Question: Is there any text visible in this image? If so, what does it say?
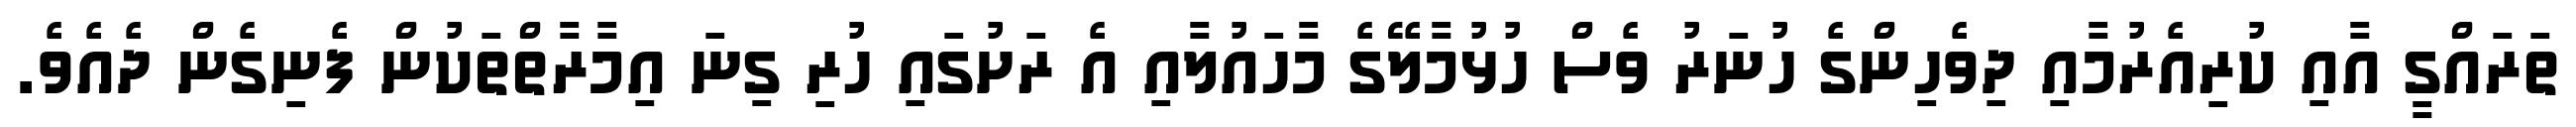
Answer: ތަރައްގީ އާއި ކުރިއެރުމާއި ދިވެހިންގެ ހުނަރު ވެސް ހުޅުމާލޭގެ މާހައުލާއި އެ ރަށުގައި ހުރި ގިނަ އިމާރާތްތަކުން ފެނިގެން ދެއެވެ.